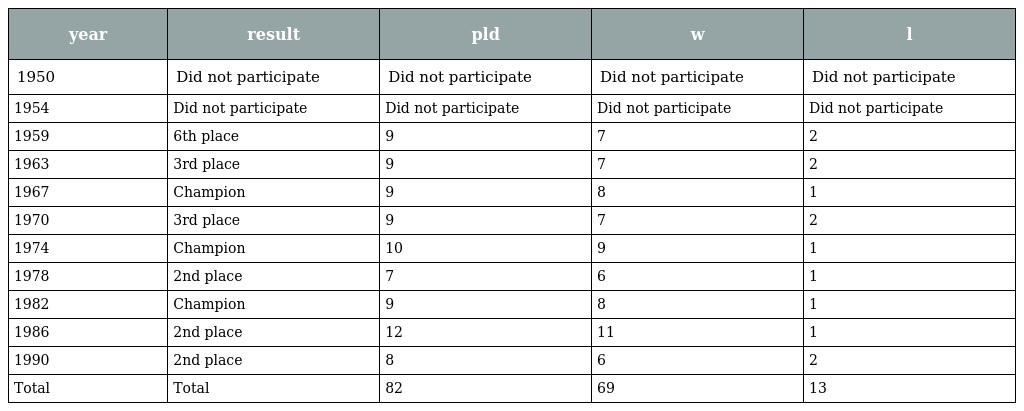
| year | result | pld | w | l |
 | --- | --- | --- | --- | --- |
 | 1950 | Did not participate | Did not participate | Did not participate | Did not participate |
 | 1954 | Did not participate | Did not participate | Did not participate | Did not participate |
 | 1959 | 6th place | 9 | 7 | 2 |
 | 1963 | 3rd place | 9 | 7 | 2 |
 | 1967 | Champion | 9 | 8 | 1 |
 | 1970 | 3rd place | 9 | 7 | 2 |
 | 1974 | Champion | 10 | 9 | 1 |
 | 1978 | 2nd place | 7 | 6 | 1 |
 | 1982 | Champion | 9 | 8 | 1 |
 | 1986 | 2nd place | 12 | 11 | 1 |
 | 1990 | 2nd place | 8 | 6 | 2 |
 | Total | Total | 82 | 69 | 13 |